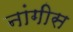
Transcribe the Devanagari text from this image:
नांगीस